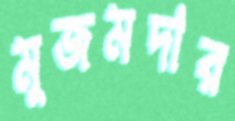
মুজমদার